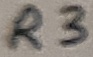
Text: R3